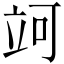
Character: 𥩤